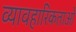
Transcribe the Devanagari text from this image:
व्यावहारिकताओ